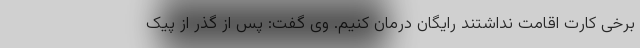
برخی کارت اقامت نداشتند رایگان درمان کنیم. وی گفت: پس از گذر از پیک